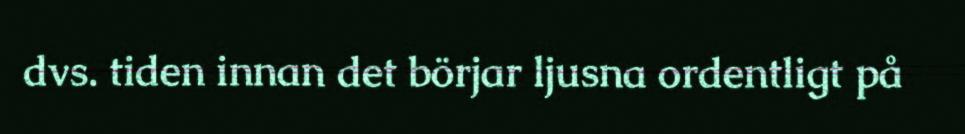
dvs. tiden innan det börjar ljusna ordentligt på